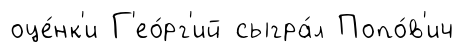
оце́нк'и Г'ео́рг'ий сыгра́л Попо́в'ич